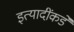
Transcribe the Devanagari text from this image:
इत्यादींकडे